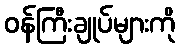
ဝန်ကြီးချုပ်များကို